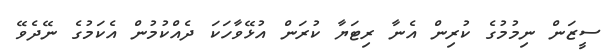
ސީޒަން ނިމުމުގެ ކުރިން އެނާ ރިޓަޔާ ކުރަން އުޅޭވާހަކަ ދެއްކުމުން އެކަމުގެ ނޭދެވޭ